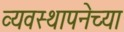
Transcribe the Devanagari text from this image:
व्यवस्थापनेच्या